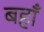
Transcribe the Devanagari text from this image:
बहाँ